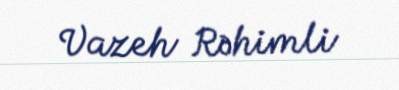
Vazeh Rəhimli